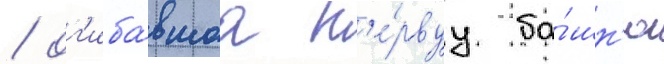
/ ог'иба́вшаа п'е́рвуу ба́шн'ю